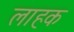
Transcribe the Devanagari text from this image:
लाहक